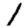
Digit: 1